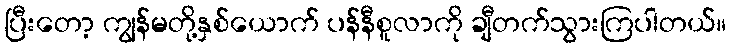
ပြီးတော့ ကျွန်မတို့နှစ်ယောက် ပန်နီစူလာကို ချီတက်သွားကြပါတယ်။